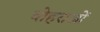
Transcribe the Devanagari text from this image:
वोहराओं